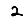
Digit: 2